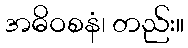
အဓိဝစနံ၊ တည်း။